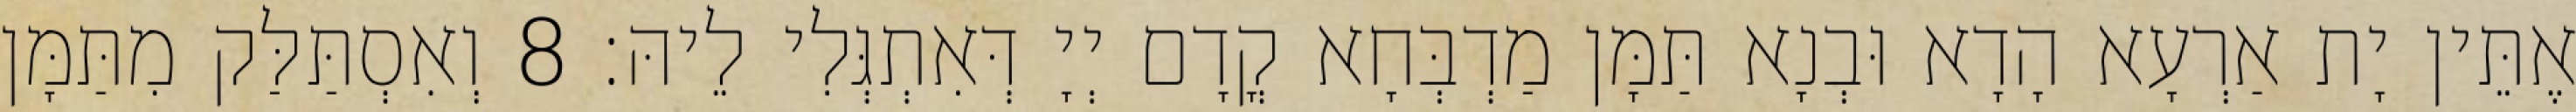
אֶתֵּין יָת אַרְעָא הָדָא וּבְנָא תַּמָּן מַדְבְּחָא קֳדָם יְיָ דְּאִתְגְּלִי לֵיהּ׃ 8 וְאִסְתַּלַּק מִתַּמָּן